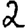
Digit: 2